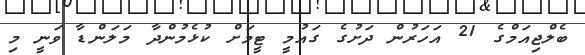
ބެލްޖިއަމްގެ 21 އަހަރުން ދަށުގެ ގައުމީ ޓީމަށް ކުޅެމުންދާ މަލަންޑާ ވަނީ މި